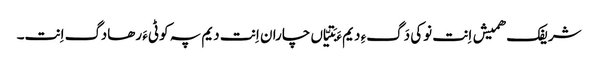
شریفک ھمیش اِنت نوکی دَگءِ دیم ءَ بَتیّاں چاران اِنت دیم پہ کوٹیءَ رھادگ اِنت۔